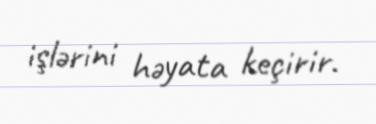
işlərini həyata keçirir.